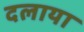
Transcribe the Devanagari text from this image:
दलाया